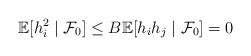
LaTeX: \begin{align*} \mathbb E[h_i^2\mid \mathcal F_0] \leq B \mathbb E[h_ih_j\mid \mathcal F_0]=0\end{align*}